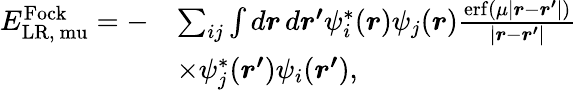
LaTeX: \begin{array}{rl}{E_{\mathrm{{LR},\ mu}}^{\mathrm{Fock}}=-}&{\sum_{ij}\int d\boldsymbol{r}\, d\boldsymbol{r^{\prime}}\psi_{i}^{*}(\boldsymbol{r})\psi_{j}(\boldsymbol{r})\frac{\mathrm{erf}(\mu\left|\boldsymbol{r}-\boldsymbol{r^{\prime}}\right|)}{\left|\boldsymbol{r}-\boldsymbol{r^{\prime}}\right|}}\\ &{\times\psi_{j}^{*}(\boldsymbol{r^{\prime}})\psi_{i}(\boldsymbol{r^{\prime}}),}\end{array}